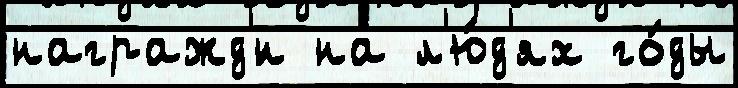
награжд'́н на л'ю́д'ях го́ды